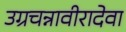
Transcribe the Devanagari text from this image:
उग्रचन्नावीरादेवा